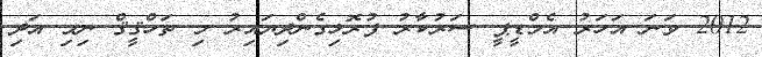
2012 ވަނަ އަހަރު އެމްޑީޕީ ސަރުކާރު ފުރޮޅިގެންދިޔައިރު މި ތަހްޤީޤް ނިމި އަދި